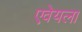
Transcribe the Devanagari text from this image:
एवेयला